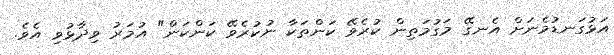
އަޅުގަނޑުމެނަށް އެނގޭ މަގުމަތިން ކުރެވޭ ކަންތަކާ ނުކުރެވޭ ކަންކަން" އުމަރު ވިދާޅުވި އެވެ.